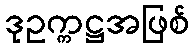
ဒုဥက္ကဋ္ဌအဖြစ်